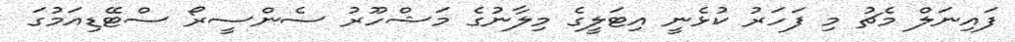
ފައިނަލް މެޗު މި ފަހަރު ކުޅެނީ އިޓަލީގެ މިލާނުގެ މަޝްހޫރު ސެންސީރޯ ސްޓޭޑިއަމުގަ